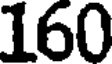
160